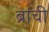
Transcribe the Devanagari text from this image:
ब्रांची